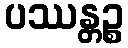
ပဿန္တဉ္စ